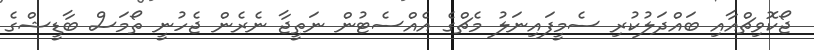
ޖޯކޮވިޗްއާއި ބައްދަލުކުރި ސެމީފައިނަލު މެޗްގެ އެއްސެޓުން ނަތީޖާ ނެރެން ޖެހުނީ ތޯމަސް ބާޑީޝްގެ